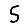
Digit: 5